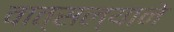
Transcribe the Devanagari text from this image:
वात्सल्याने